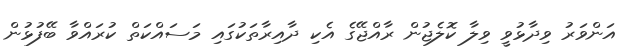
އަންވަރު ވިދާޅުވީ ވިލާ ކޮލެޖުން ރާއްޖޭގެ އެކި ދާއިރާތަކުގައި މަސައްކަތް ކުރައްވާ ބޭފުޅުން